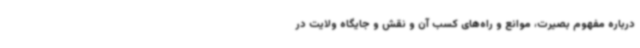
درباره مفهوم بصیرت، موانع و راه‌های کسب آن و نقش و جایگاه ولایت در